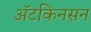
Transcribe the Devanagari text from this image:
अॅटकिनसन